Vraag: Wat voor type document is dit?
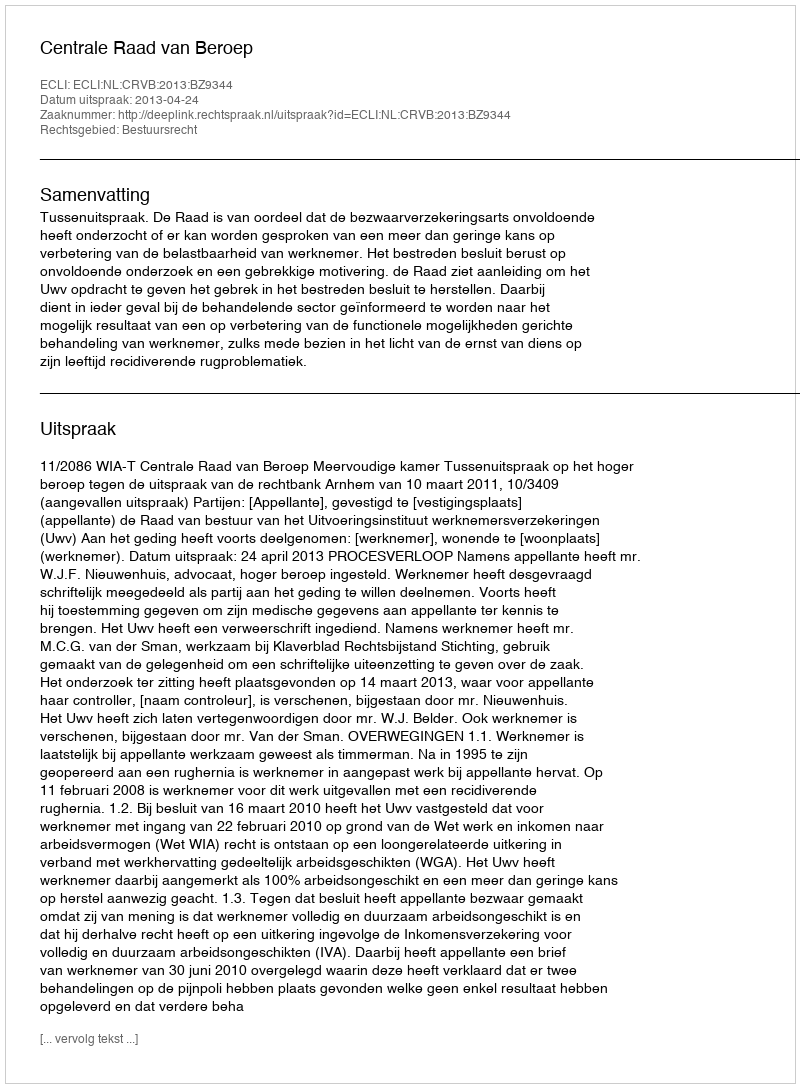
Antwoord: Uitspraak